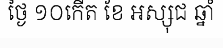
ថ្ងៃ ១០កើត ខែ អស្សុជ ឆ្នាំ